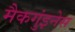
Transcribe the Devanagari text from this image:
मैकगुंइनेस